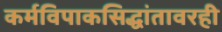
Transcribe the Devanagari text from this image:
कर्मविपाकसिद्धांतावरही